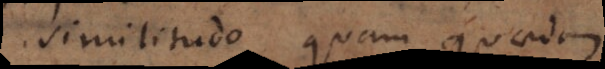
similitudo quam quaedam